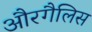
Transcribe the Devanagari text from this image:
औरगैलिस